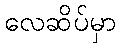
လေဆိပ်မှာ